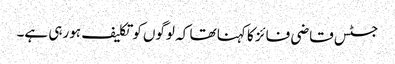
جسٹس قاضی فائز کا کہنا تھا کہ لوگوں کوتکلیف ہورہی ہے۔